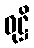
ဝုဋ္ဌိ